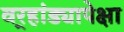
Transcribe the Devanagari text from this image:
वर्‍हांड्यापेक्षा